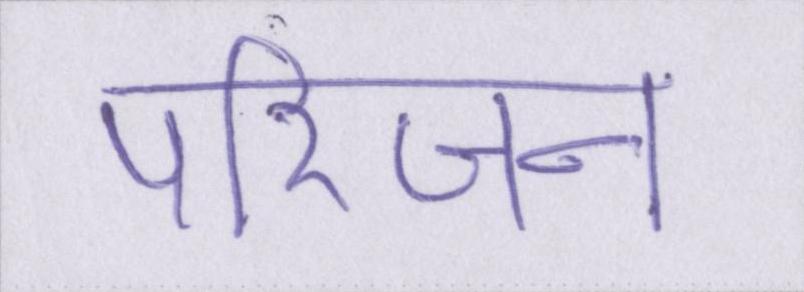
परिजन